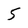
Character: 5